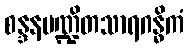
စန္ဒနမဏ္ဍိတသာရဂန္ဓိကံ